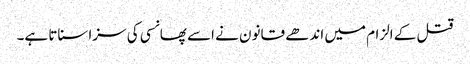
قتل کے الزام میں اندھے قانون نے اسے پھانسی کی سزا سناتا ہے۔